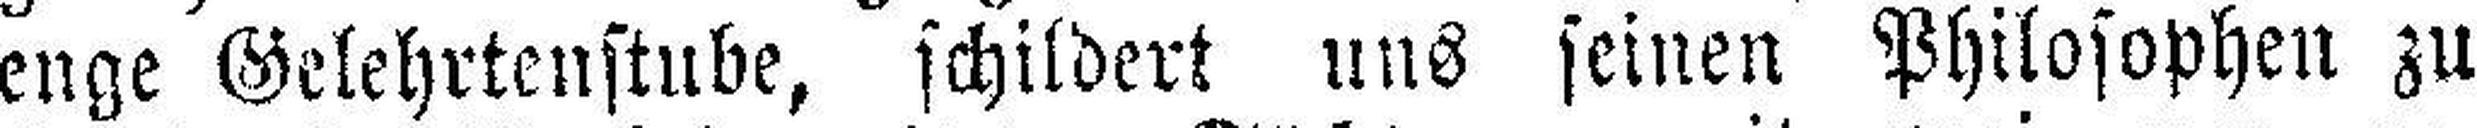
enge Gelehrtenstube, schildert uns seinen Philosophen zu